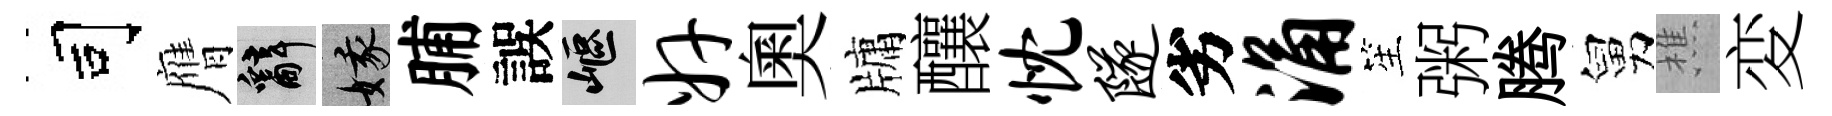
司膺辭娥脯誤嶇奸奧牗釀忱隧劣涌笙粥腾舅樵変